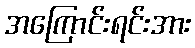
အကြောင်းရင်းအား